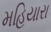
મહિયારા